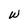
Character: W